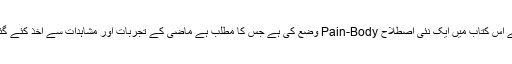
ایکھرٹ ٹولے نے اس کتاب میں ایک نئی اصطلاح Pain-Body وضع کی ہے جس کا مطلب ہے ماضی کے تجربات اور مشاہدات سے اخذ کئے گئے منفی خیالات۔